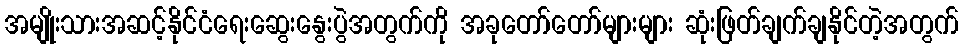
အမျိုးသားအဆင့်နိုင်ငံရေးဆွေးနွေးပွဲအတွက်ကို အခုတော်တော်များများ ဆုံးဖြတ်ချက်ချနိုင်တဲ့အတွက်